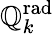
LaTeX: \mathbb{Q}_{k}^{\mathrm{rad}}